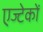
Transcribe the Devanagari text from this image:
एज्टेकों